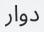
دوار